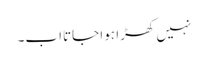
نہیں کھڑا ہوا جاتااب۔